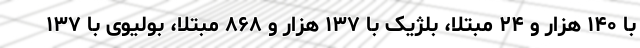
با ۱۴۰ هزار و ۲۴ مبتلا، بلژیک با ۱۳۷ هزار و ۸۶۸ مبتلا، بولیوی با ۱۳۷